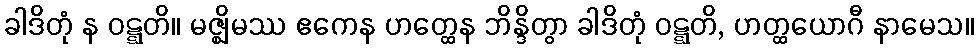
ခါဒိတုံ န ဝဋ္ဋတိ။ မဇ္ဈိမဿ ဧကေန ဟတ္ထေန ဘိန္ဒိတွာ ခါဒိတုံ ဝဋ္ဋတိ, ဟတ္ထယောဂီ နာမေသ။